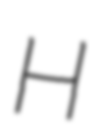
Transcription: H